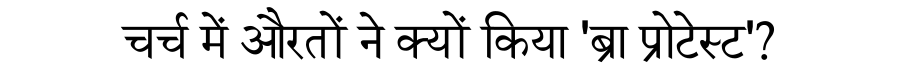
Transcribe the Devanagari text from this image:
चर्च में औरतों ने क्यों किया 'ब्रा प्रोटेस्ट'?